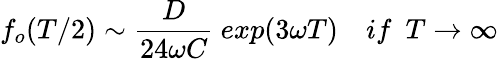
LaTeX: f_{o}(T/2)\sim{\frac{D}{24\omega C}}\ exp(3\omega T)\ \ \ \ if\ \ T\rightarrow\infty